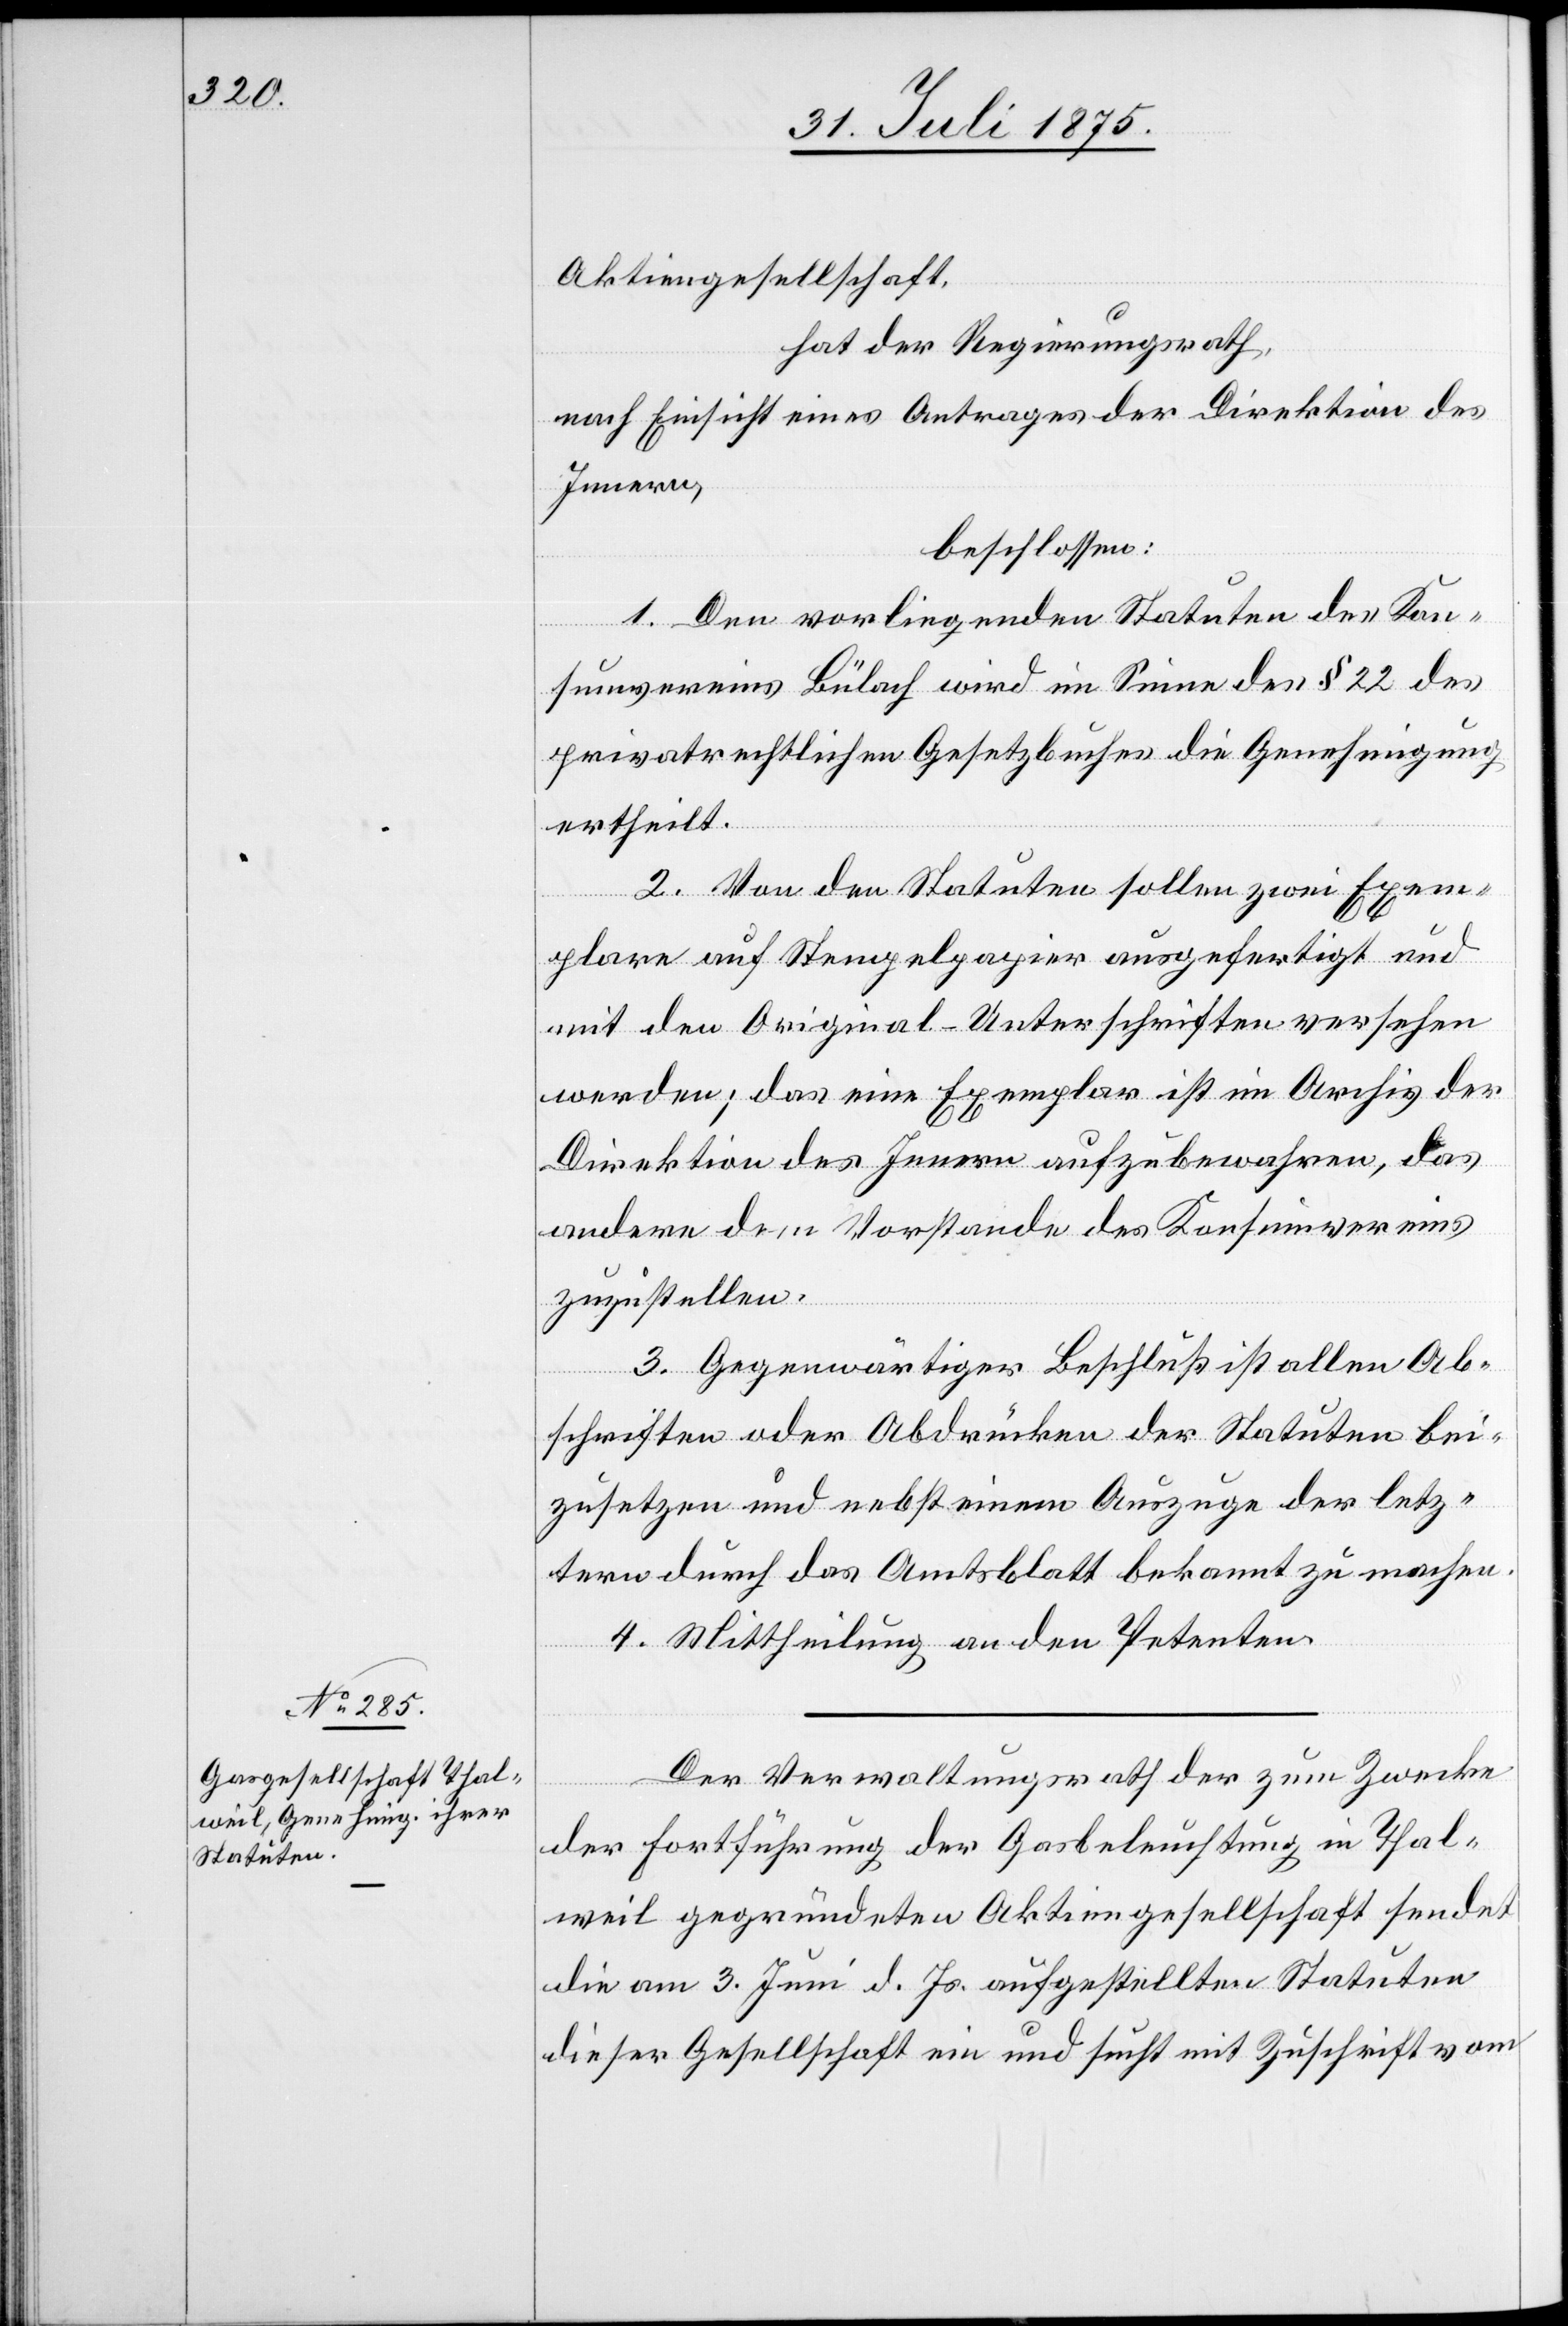
Aktiengesellschaft,
hat der Regierungsrath,
nach Einsicht eines Antrages der Direktion des
Innern,
beschlossen:
1. Den vorliegenden Statuten des Kon¬
sumvereins Bülach wird im Sinne des § 22 des
privatrechtlichen Gesetzbuches die Genehmigung
ertheilt.
2. Von den Statuten sollen zwei Exem¬
plare auf Stempelpapier ausgefertigt und
mit den Original-Unterschriften versehen
werden; das eine Exemplar ist im Archiv der
Direktion des Innern aufzubewahren, das
andere dem Vorstande des Konsumvereins
zuzustellen.
3. Gegenwärtiger Beschluß ist allen Ab¬
schriften oder Abdrücken der Statuten bei¬
zusetzen und nebst einem Auszuge der letz¬
tern durch das Amtsblatt bekannt zu machen.
4. Mittheilung an den Petenten.
Der Verwaltungsrath der zum Zwecke
der Fortführung der Gasbeleuchtung in Thal¬
weil gegründeten Aktiengesellschaft sendet
die am 3. Juni d. Js. aufgestellten Statuten
dieser Gesellschaft ein und sucht mit Zuschrift vom